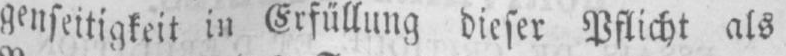
genseitigkeit in Erfüllung dieser Pflicht als